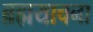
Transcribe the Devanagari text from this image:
ब्रह्मयाचना